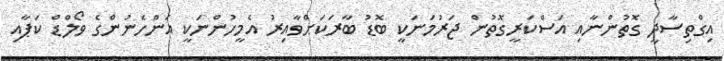
އިގްތިސާދީ ގޮތުންނާއި އަސްކަރީގޮތުން ޖަރުމަނަކީ ބޮޑު ބާރަކަށްވާއިރު އެމީހުންނަކީ އަންހެނުންގެ ވޯލްޑް ކަޕާއި